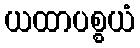
ယထာပစ္စယံ